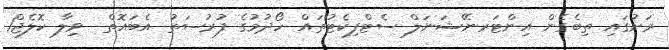
ރަށުގައި ތިބެގެން އިންޓަރނޭޝަނަލް ސެޓްފިކެޓުތައް ހޯދުުމުގެ ފުރުސަތު އެބައޮތް  ވިލާ ކޮލެޖް1